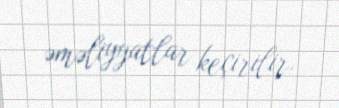
əməliyyatlar keçirilir.